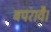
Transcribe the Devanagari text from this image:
बपरावै।